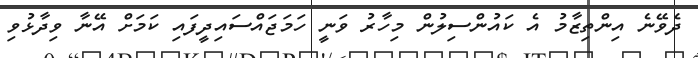
ދެވޭނެ އިންތިޒާމު އެ ކައުންސިލުން މިހާރު ވަނީ ހަމަޖައްސައިދީފައި ކަމަށް އޭނާ ވިދާޅުވި